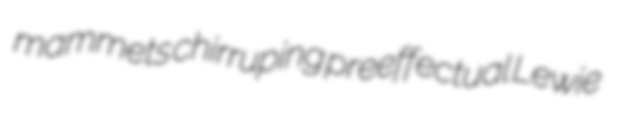
mammets chirruping preeffectual Lewie